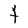
Character: t